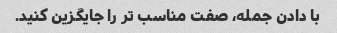
با دادن جمله، صفت مناسب تر را جایگزین کنید.